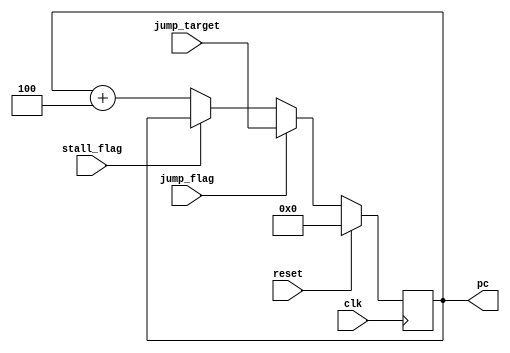
module PC (
    input wire clk, reset,
    input wire jump_flag,
    input wire stall_flag,
    input wire [31:0] jump_target,
    output wire [31:0] pc
);
    reg [31:0] pc_reg;

    always @(posedge clk) begin
        if (reset) pc_reg <= 32'b0;
        else if (jump_flag) pc_reg <= jump_target;
        else if (!stall_flag) pc_reg <= pc + 4;
        else pc_reg <= pc_reg;
        end

    assign pc = pc_reg;

endmodule